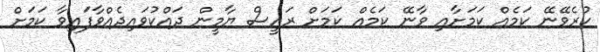
ކުރެވޭނޭ ކަމެއް ކަމަށާއި ވާނޭ ކަމެއް ކަމަށް ރައީސް ޔާމީން ދައްކުވައިދެއްވާފައިވާ ކަމަށް